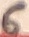
Text: 6